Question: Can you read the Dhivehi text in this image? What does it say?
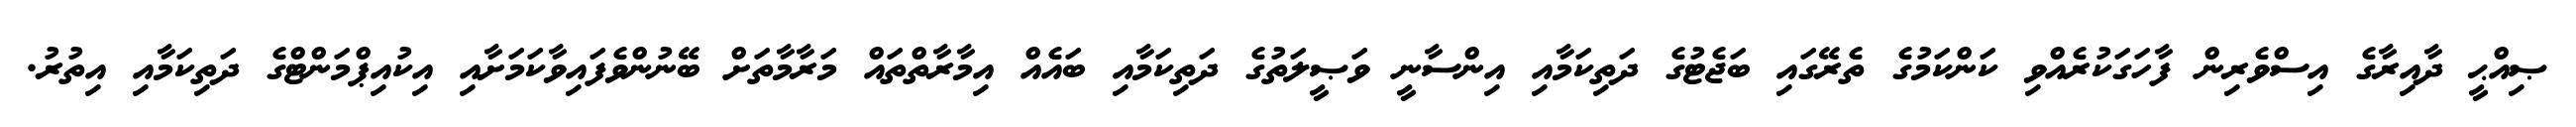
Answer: ޞިއްޙީ ދާއިރާގެ އިސްވެރިން ފާހަގަކުރެއްވި ކަންކަމުގެ ތެރޭގައި ބަޖެޓުގެ ދަތިކަމާއި އިންސާނީ ވަޞީލަތުގެ ދަތިކަމާއި ބައެއް އިމާރާތްތައް މަރާމާތަށް ބޭނުންވެފައިވާކަމަށާއި އިކުއިޕްމަންޓްގެ ދަތިކަމާއި އިތުރު.